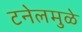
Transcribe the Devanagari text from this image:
टनेलमुळे